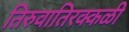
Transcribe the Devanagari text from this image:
तिरुवातिरक्कळी